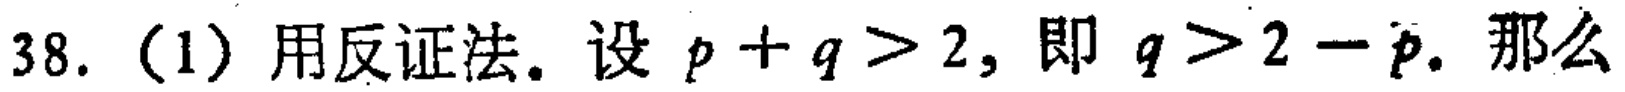
38.（1）用反证法. 设 \(p + q>2\), 即 \(q>2 - p\). 那么